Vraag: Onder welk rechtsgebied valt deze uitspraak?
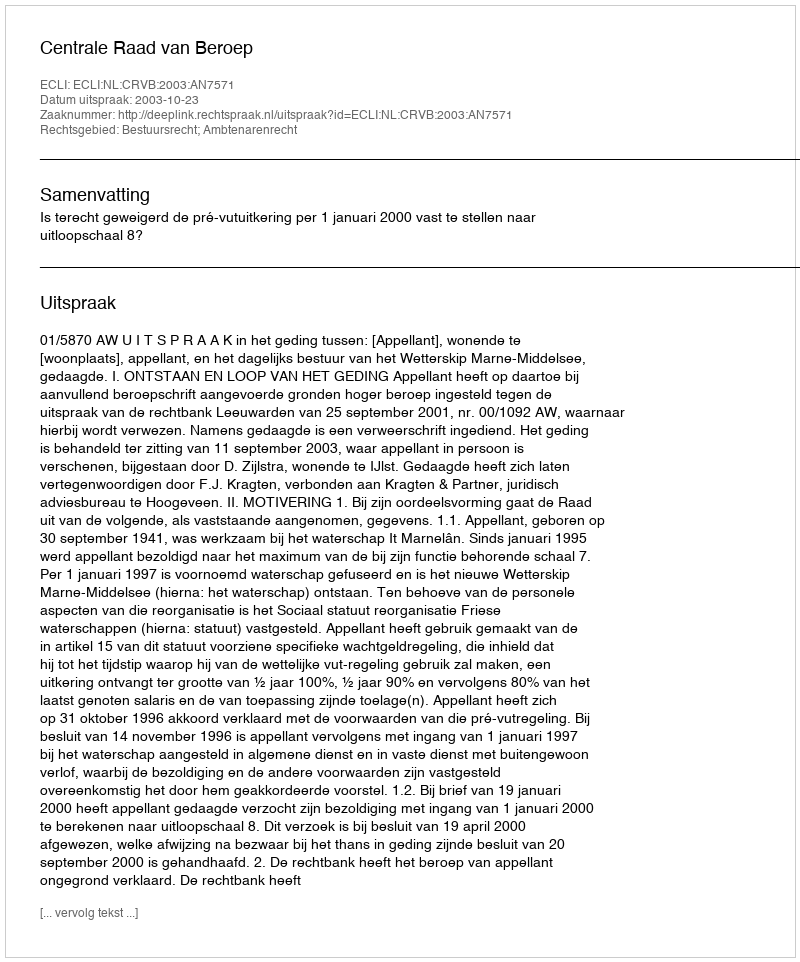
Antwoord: Bestuursrecht; Ambtenarenrecht